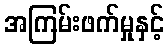
အကြမ်းဖက်မှုနှင့်